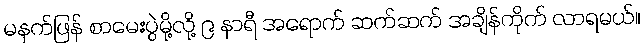
မနက်ဖြန် စာမေးပွဲမို့လို့ ၉ နာရီ အရောက် ဆက်ဆက် အချိန်ကိုက် လာရမယ်။